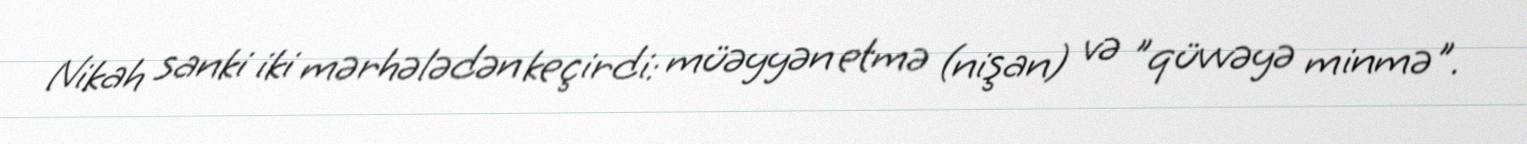
Nikah sanki iki mərhələdən keçirdi: müəyyən etmə (nişan) və "qüvvəyə minmə".